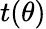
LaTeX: t(\theta)